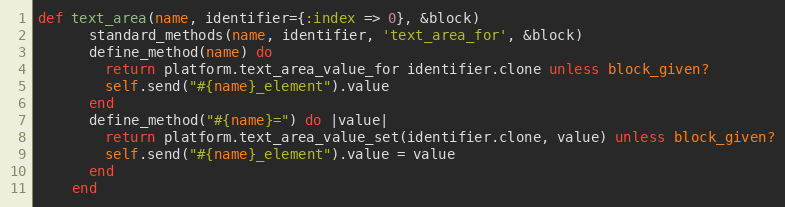
Language: Ruby
def text_area(name, identifier={:index => 0}, &block)
      standard_methods(name, identifier, 'text_area_for', &block)
      define_method(name) do
        return platform.text_area_value_for identifier.clone unless block_given?
        self.send("#{name}_element").value
      end
      define_method("#{name}=") do |value|
        return platform.text_area_value_set(identifier.clone, value) unless block_given?
        self.send("#{name}_element").value = value
      end
    end